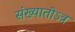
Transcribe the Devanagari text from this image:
संख्यातोऽत्र